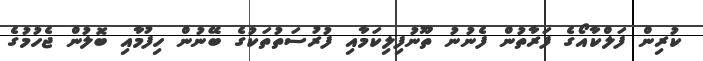
ކުރިން ފަލްކާއޯގެ ފަރާތުން ފެނުނު ތޫނުފިލިކަމާއި ފުރުސަތުތަކުގެ ބޭނުން ހިފުމާއި ބޮލުން ޖެހުމުގެ